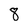
Character: 8